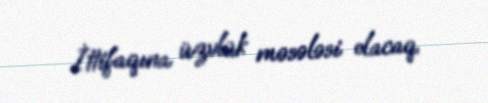
İttifaqına üzvlük məsələsi olacaq.